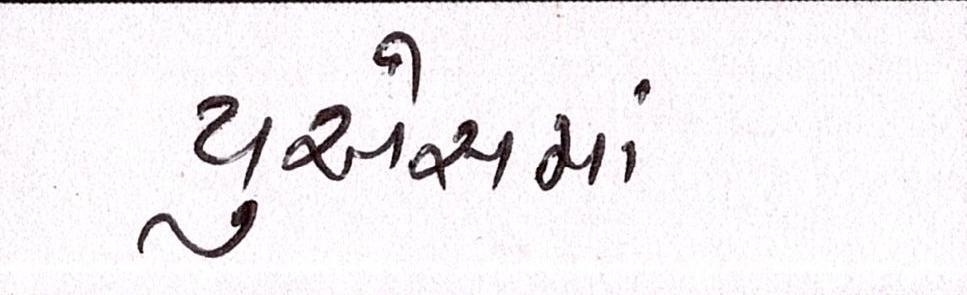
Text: યુએસમાં